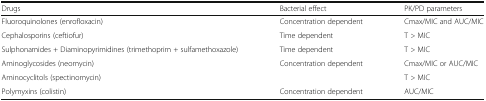
<table><thead><tr><td><b>Drugs</b></td><td><b>Bacterial effect</b></td><td><b>PK/PD parameters</b></td></tr></thead><tbody><tr><td>Fluoroquinolones (enrofloxacin)</td><td>Concentration dependent</td><td>Cmax/MIC and AUC/MIC</td></tr><tr><td>Cephalosporins (ceftiofur)</td><td>Time dependent</td><td>T &gt; MIC</td></tr><tr><td>Sulphonamides + Diaminopyrimidines (trimethoprim + sulfamethoxazole)</td><td>Time dependent</td><td>T &gt; MIC</td></tr><tr><td>Aminoglycosides (neomycin)</td><td>Concentration dependent</td><td>Cmax/MIC or AUC/MIC</td></tr><tr><td>Aminocyclitols (spectinomycin)</td><td></td><td>T &gt; MIC</td></tr><tr><td>Polymyxins (colistin)</td><td>Concentration dependent</td><td>AUC/MIC</td></tr></tbody></table>